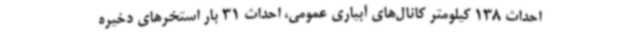
احداث 138 کیلومتر کانال‌های آبیاری عمومی، احداث 31 بار استخرهای دخیره